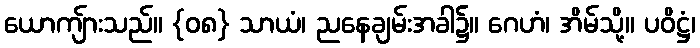
ယောကျ်ားသည်။ {၀၈} သာယံ၊ ညနေချမ်းအခါ၌။ ဂေဟံ၊ အိမ်သို့။ ပဝိဋ္ဌံ၊